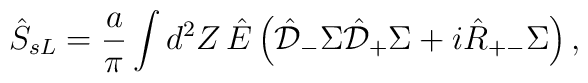
\hat{S}_{sL}=\frac{a}{\pi }\int d^{2}Z\, \hat{E}\left(  \hat{\cal D}_{-}\Sigma \hat{\cal D}_{+}\Sigma +i\hat{R}_{+-}\Sigma\right),